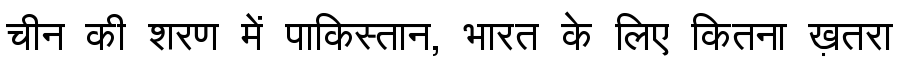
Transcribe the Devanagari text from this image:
चीन की शरण में पाकिस्तान, भारत के लिए कितना ख़तरा